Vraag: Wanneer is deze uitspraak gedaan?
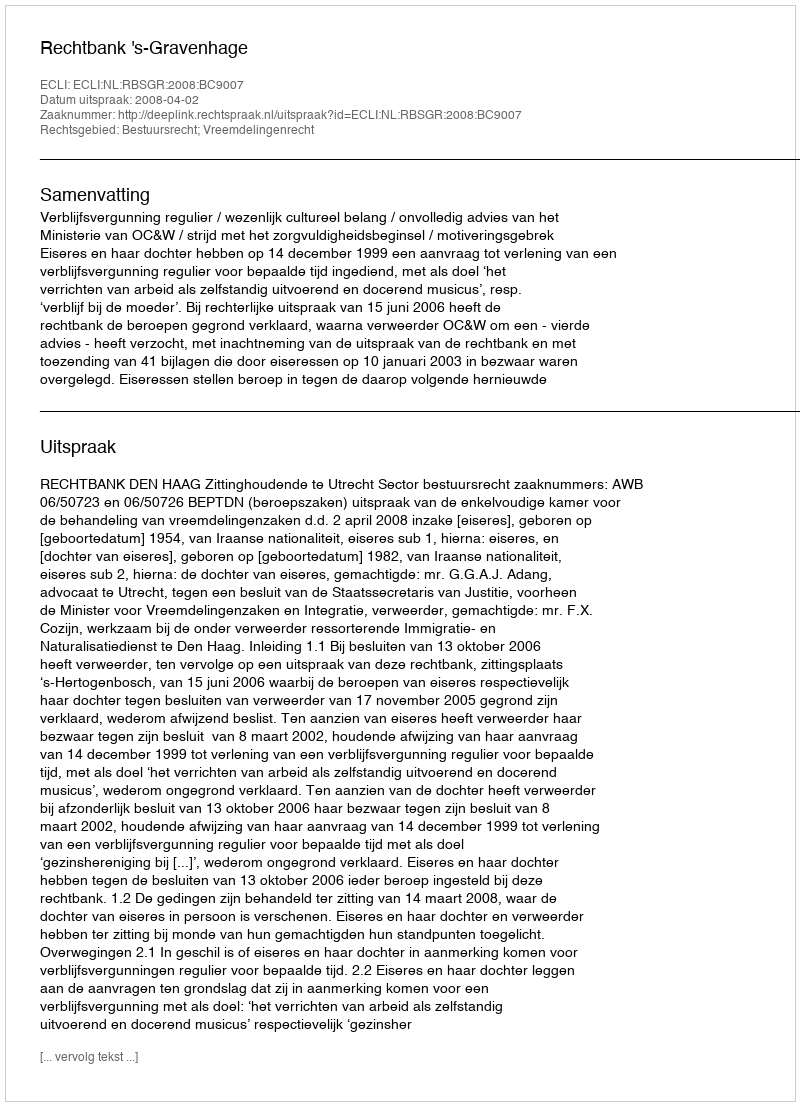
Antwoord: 2008-04-02